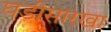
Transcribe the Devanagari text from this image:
घडीसारखा